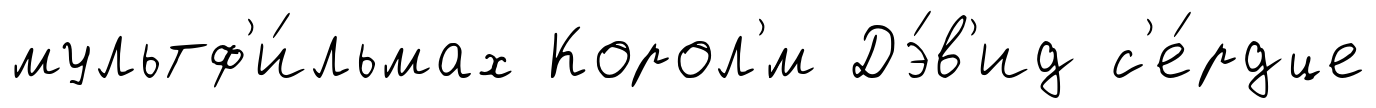
мультф'и́льмах Корол'́м Дэ́в'ид с'е́рдце